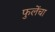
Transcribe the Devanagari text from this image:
फुलेंचा